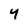
Character: 4